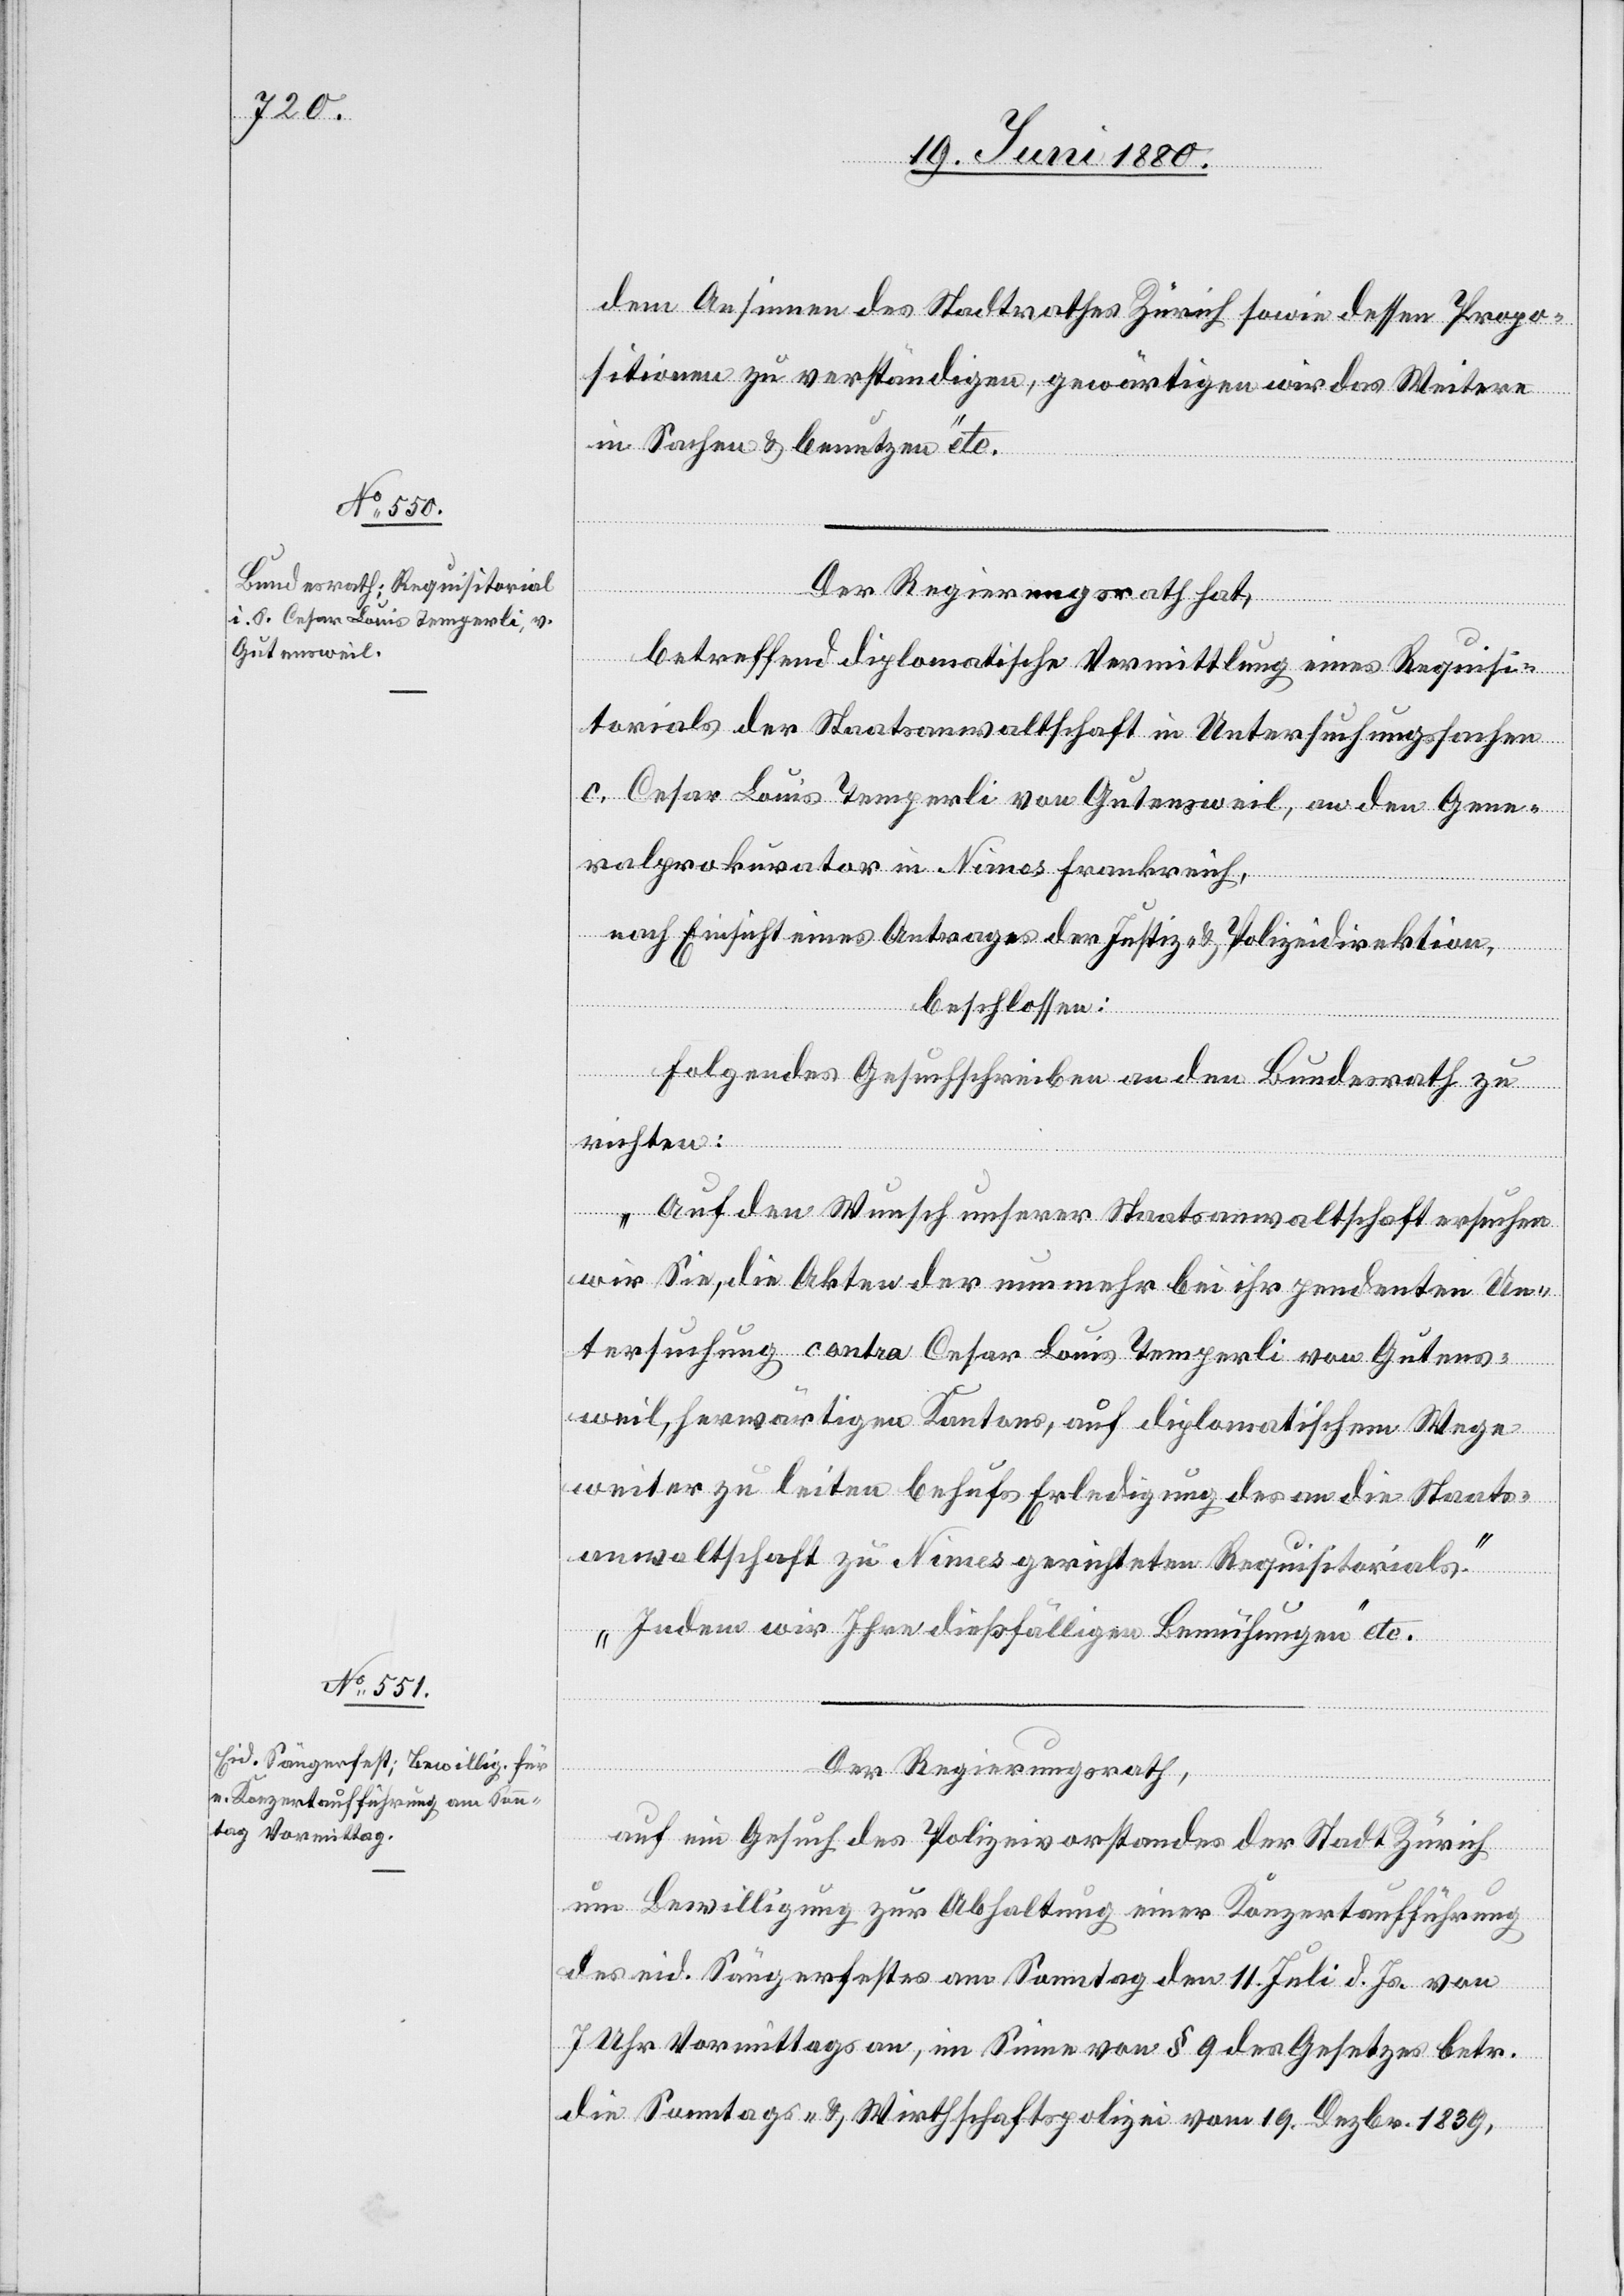
21. Juni 1880.]
dem Ansinnen des Stadtrathes Zürich sowie dessen Propo¬
sitionen zu verständigen, gewärtigen wir das Weitere
in Sachen & benutzen“ etc.
Der Regierungsrath hat,
betreffend diplomatische Vermittlung eines Requisi¬
torials der Staatsanwaltschaft in Untersuchungssachen
c. Cesar Louis Temperli von Gutensweil, an den Gene¬
ralprokurator in Nimes Frankreich,
nach Einsicht eines Antrages der Justiz- & Polizeidirektion,
beschlossen:
Folgendes Gesuchschreiben an den Bundesrath zu
richten:
„Auf den Wunsch unserer Staatsanwaltschaft ersuchen
wir Sie, die Akten der nunmehr bei ihr pendenten Un¬
tersuchung contra Cesar Louis Temperli von Gutens¬
weil, herwärtigen Kantons, auf diplomatischem Wege
weiter zu leiten behufs Erledigung des an die Staats¬
anwaltschaft zu Nimes gerichteten Requisitorials.
Indem wir Ihre dießfälligen Bemühungen“ etc.
Der Regierungsrath,
auf ein Gesuch des Polizeivorstandes der Stadt Zürich,
um Bewilligung zur Abhaltung einer Konzertaufführung
des eid. Sängerfestes am Sonntag den 11. Juli d. Js. von
7 Uhr Vormittags an, im Sinne von § 9 des Gesetzes betr.
die Sonntags- & Wirthschaftspolizei vom 19. Dezbr. 1839,